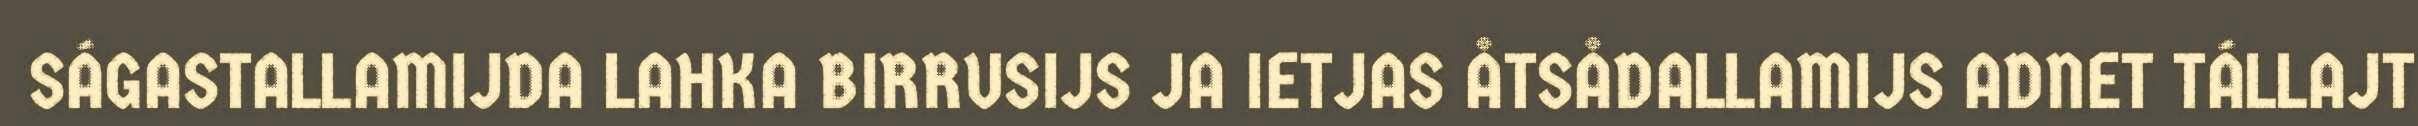
SÁGASTALLAMIJDA LAHKA BIRRUSIJS JA IETJAS ÅTSÅDALLAMIJS ADNET TÁLLAJT